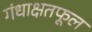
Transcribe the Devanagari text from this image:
गंधाक्षतफूल